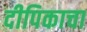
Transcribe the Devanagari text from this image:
दीपिकाचा